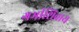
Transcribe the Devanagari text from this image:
गर्भाशिवाय